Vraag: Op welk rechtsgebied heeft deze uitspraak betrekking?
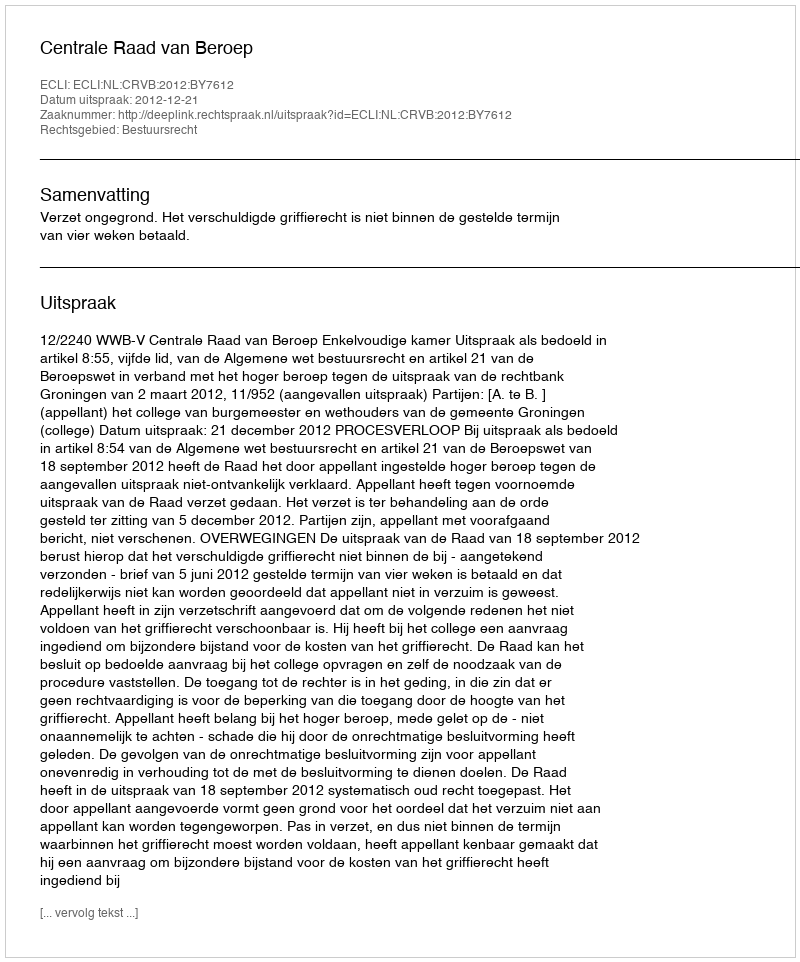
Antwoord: Bestuursrecht